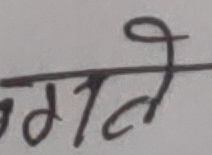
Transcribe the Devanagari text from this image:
गर्नले